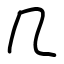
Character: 几